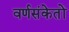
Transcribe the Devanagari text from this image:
वर्णसंकेतों